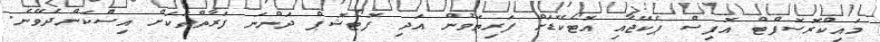
މައިކްރޮސޮފްޓް އޮފިސް ޕެކޭޖާއި އޮޓޯކޭޑަށް ފަރިތަވުން އަދި ފޮޓޯޝޮޕް ދަންނަ ފަރާތްތަކަށް އިސްކަންދެވޭނެ.